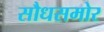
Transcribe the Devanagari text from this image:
सौधसमोर